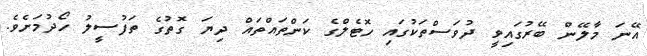
އޭނަ މާލޭން ބޭރުގައިވީ ދުވަސްތަކުގައި ހޮޓެލްގެ ކަންތައްތައް ދިޔަ ގޮތުގެ ތަފުސީލު ހޯދުމަށެވެ.